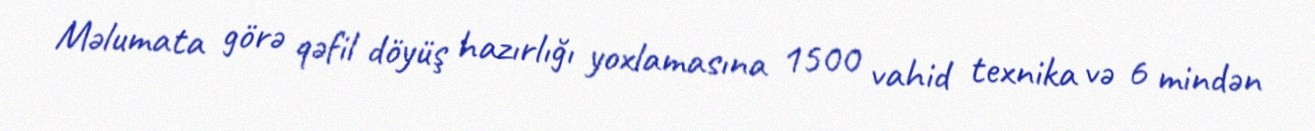
Məlumata görə qəfil döyüş hazırlığı yoxlamasına 1500 vahid texnika və 6 mindən